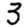
Digit: 3